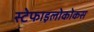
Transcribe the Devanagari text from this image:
स्टेफाइलोकोकस